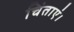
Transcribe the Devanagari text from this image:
चिंताएं।